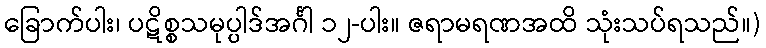
ခြောက်ပါး၊ ပဋိစ္စသမုပ္ပါဒ်အင်္ဂါ ၁၂-ပါး။ ဇရာမရဏအထိ သုံးသပ်ရသည်။)